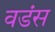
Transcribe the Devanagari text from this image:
वडंस